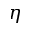
\eta